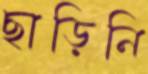
ছাড়িনি